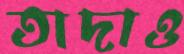
তাদাও